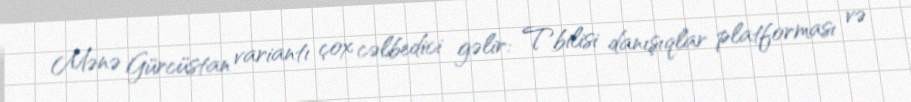
Mənə Gürcüstan variantı çox cəlbedici gəlir: Tbilisi danışıqlar platforması və